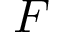
F